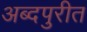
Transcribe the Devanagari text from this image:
अब्दपुरीत